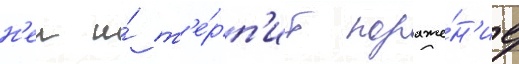
н'еи и́ т'е́рп'ит пораже́н'ие